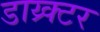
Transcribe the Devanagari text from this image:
डाय्र्क्टर